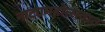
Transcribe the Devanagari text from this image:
नाट्यमहोत्सवात